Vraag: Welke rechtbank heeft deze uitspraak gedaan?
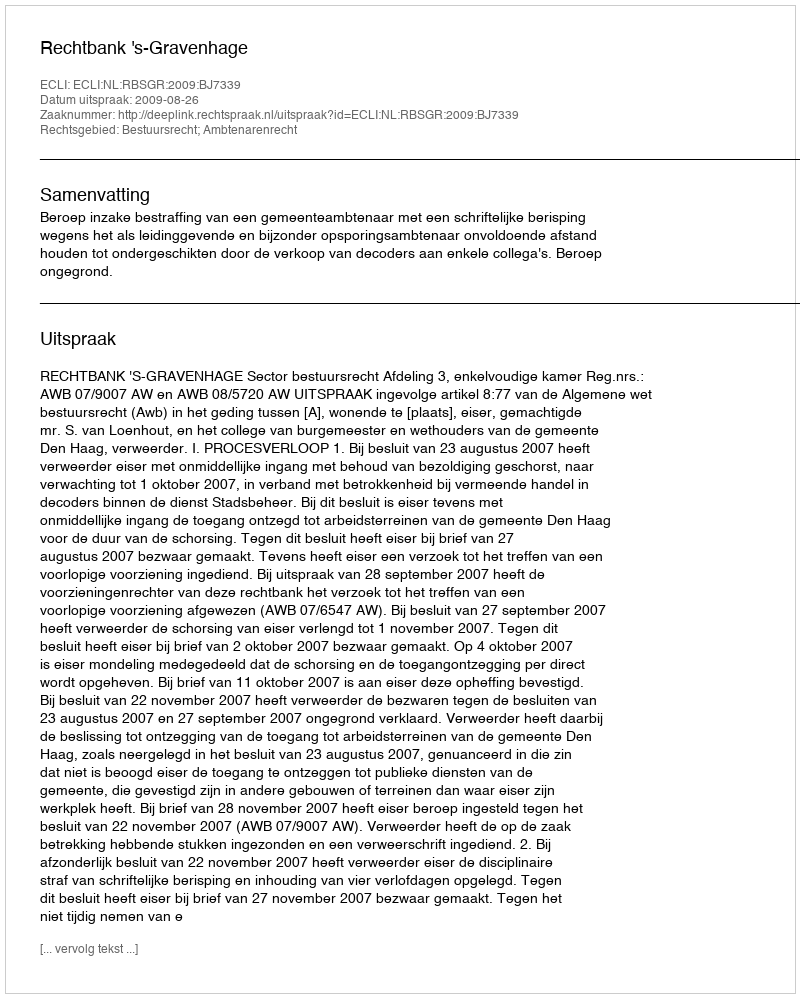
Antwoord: Rechtbank 's-Gravenhage